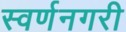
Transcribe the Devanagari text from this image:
स्‍वर्णनगरी